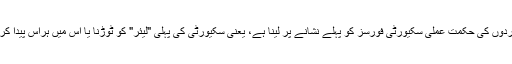
دہشتگردوں کی حکمت عملی سکیورٹی فورسز کو پہلے نشانے پر لینا ہے، یعنی سکیورٹی کی پہلی "لیئر" کو ٹوڑنا یا اس میں ہراس پیدا کرنا ہے۔